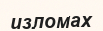
изломах